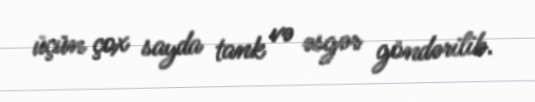
üçün çox sayda tank və əsgər göndərilib.